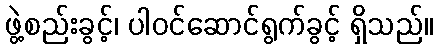
ဖွဲ့စည်းခွင့်၊ ပါဝင်ဆောင်ရွက်ခွင့် ရှိသည်။